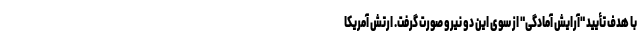
با هدف تأیید "آرایش آمادگی" از سوی این دو نیرو صورت گرفت. ارتش آمریکا